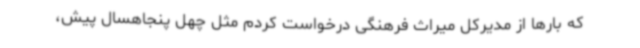
که بارها از مدیرکل میراث فرهنگی درخواست کردم مثل چهل پنجاهسال پیش،